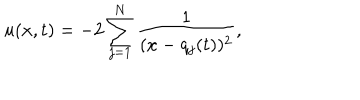
u ( x , t ) = - 2 \sum _ { j = 1 } ^ { N } \frac { 1 } { ( x - q _ { j } ( t ) ) ^ { 2 } } ,